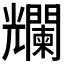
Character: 𠓖